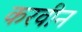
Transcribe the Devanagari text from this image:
करवीन